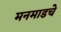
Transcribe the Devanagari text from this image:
मनमाडचे